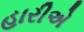
હારીએ